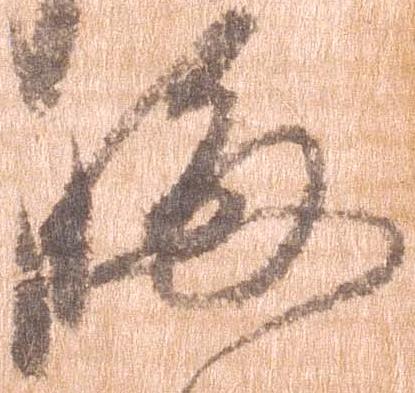
晦